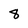
Character: 8